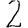
Digit: 2